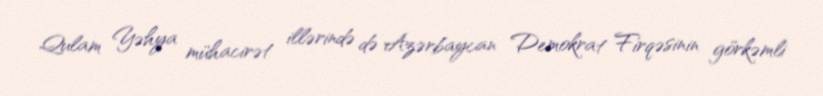
Qulam Yəhya mühacirət illərində də Azərbaycan Demokrat Firqəsinin görkəmli